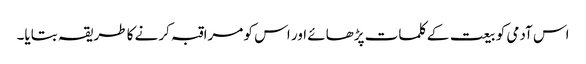
اس آدمی کو بیعت کے کلمات پڑھائے اور اس کو مراقبہ کرنے کا طریقہ بتایا۔